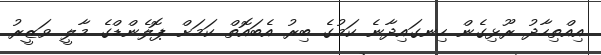
އިއްތިހާދު ރޫޅިގެން ހިނގައިދާނެ ކަމުގެ ބިރު އެބައޮތް ކަމަށް ޕޮލެންޑްގެ މާލީ ވަޒީރު